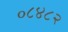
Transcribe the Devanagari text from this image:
०८४८२